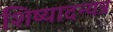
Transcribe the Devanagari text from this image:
शिष्यादन्यत्र